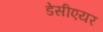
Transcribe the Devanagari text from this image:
डेसीएयर